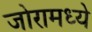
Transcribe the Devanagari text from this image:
जोरामध्ये